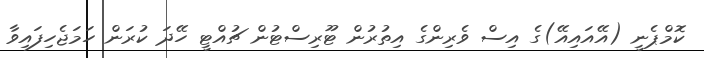
ކޮމްޕެނީ (އޭއައިއޭ)ގެ އިސް ވެރިންގެ އިތުރުން ޓޫރިސްޓުން ޗުއްޓީ ހޭދަ ކުރަން ހަމަޖެހިފައިވާ